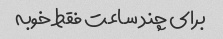
برای چند ساعت فقط خوبه